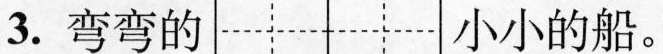
3.弯弯的小小的船。